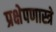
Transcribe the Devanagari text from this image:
प्रक्षेपणास्त्रे